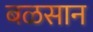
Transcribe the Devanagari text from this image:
बळसान